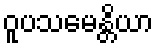
ဝူပသမေန္တိယာ